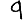
Digit: 9